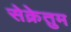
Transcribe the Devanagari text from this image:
सेक्रेतुम